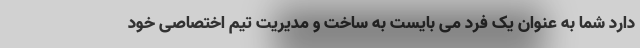
دارد شما به عنوان یک فرد می بایست به ساخت و مدیریت تیم اختصاصی خود